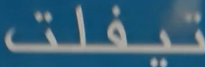
تيفلت